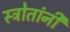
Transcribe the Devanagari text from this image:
स्त्रोतांनी